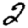
Digit: 2